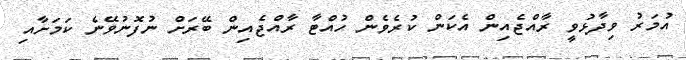
އުމަރު ވިދާޅުވީ ރާއްޖެއިން އެކަން ކުރެވެން ހުއްޓާ ރާއްޖެއިން ބޭރަށް ނުފޮނުވޭނެ ކަމަށާއި